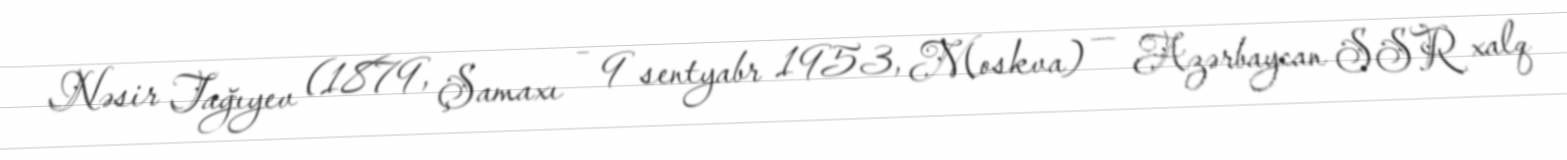
Nəsir Tağıyev (1879, Şamaxı – 9 sentyabr 1953, Moskva) — Azərbaycan SSR xalq